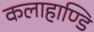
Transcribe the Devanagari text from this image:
कलाहाण्डि